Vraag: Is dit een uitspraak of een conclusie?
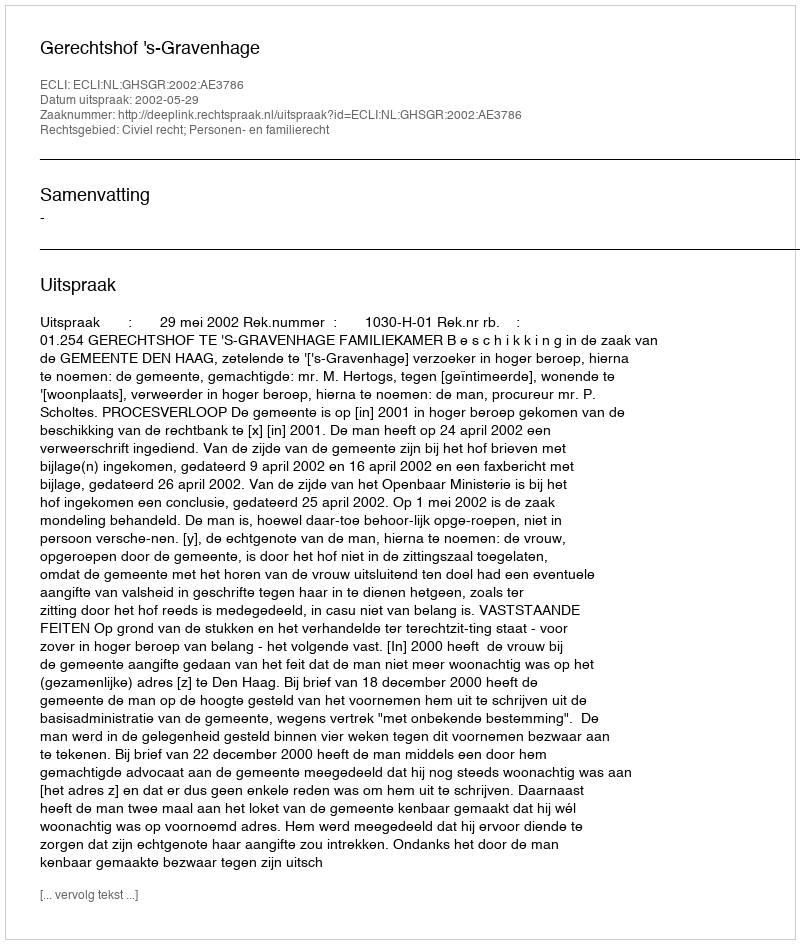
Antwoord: Uitspraak